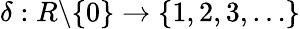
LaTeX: \delta:R\mathbb{\backslash}\{ 0\} \rightarrow\{ 1,2,3,\dotsc\}